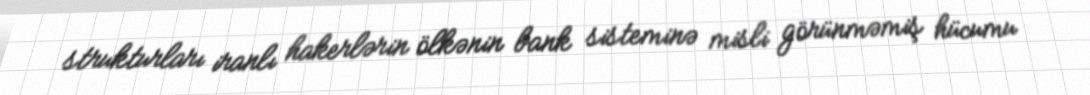
strukturları iranlı hakerlərin ölkənin bank sisteminə misli görünməmiş hücumu